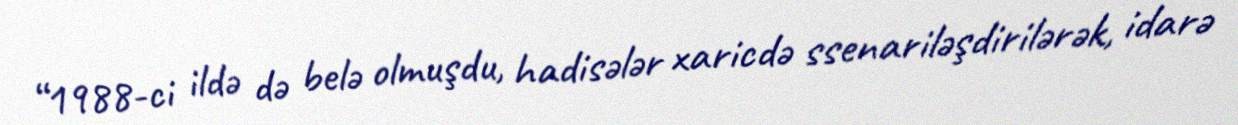
“1988-ci ildə də belə olmuşdu, hadisələr xaricdə ssenariləşdirilərək, idarə